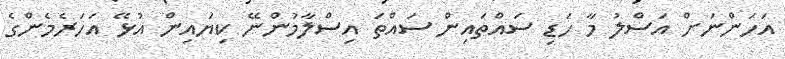
އަހަންނަށް އަސްލު މާ ހަޑި ސައްތައިން ސައްތަ އިސްލާމުންނޭ ކިޔައިން އުޅޭ އަހަރެމެންގެ